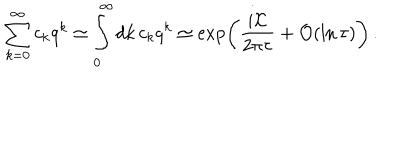
\sum _ { k = 0 } ^ { \infty } c _ { k } q ^ { k } \simeq \int _ { 0 } ^ { \infty } d k \, c _ { k } q ^ { k } \simeq \exp \left( \frac { i { \cal K } } { 2 \pi \tau } + { \cal O } ( \ln \tau ) \right) \, .